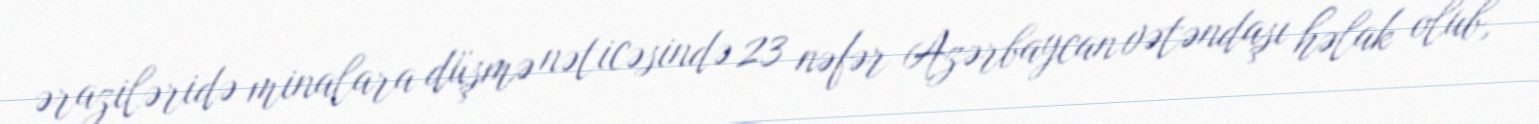
əraziləridə minalara düşmə nəticəsində 23 nəfər Azərbaycan vətəndaşı həlak olub,